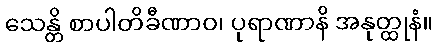
သေန္တိ စာပါတိခီဏာဝ၊ ပုရာဏာနိ အနုတ္ထုနံ။